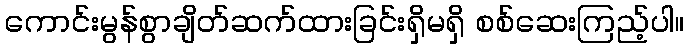
ကောင်းမွန်စွာချိတ်ဆက်ထားခြင်းရှိမရှိ စစ်ဆေးကြည့်ပါ။